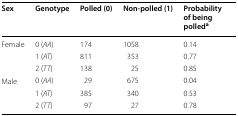
<table><thead><tr><td><b>Sex</b></td><td><b>Genotype</b></td><td><b>Polled (0)</b></td><td><b>Non-polled (1)</b></td><td><b>Probability of being polled<sup>a</sup></b></td></tr></thead><tbody><tr><td rowspan="3">Female</td><td>0 (<i>AA</i>)</td><td>174</td><td>1058</td><td>0.14</td></tr><tr><td>1 (<i>AT</i>)</td><td>811</td><td>353</td><td>0.77</td></tr><tr><td>2 (<i>TT</i>)</td><td>138</td><td>25</td><td>0.85</td></tr><tr><td rowspan="3">Male</td><td>0 (<i>AA</i>)</td><td>29</td><td>675</td><td>0.04</td></tr><tr><td>1 (<i>AT</i>)</td><td>385</td><td>340</td><td>0.53</td></tr><tr><td>2 (<i>TT</i>)</td><td>97</td><td>27</td><td>0.78</td></tr></tbody></table>